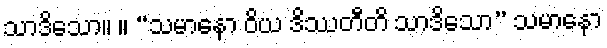
သာဒိသော။ ။ “သမာနော ဝိယ ဒိဿတီတိ သာဒိသော” သမာနော